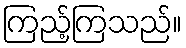
ကြည့်ကြသည်။